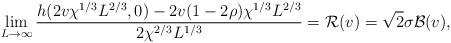
LaTeX: \begin{align*}\lim_{L\to\infty} \frac{h(2v\chi^{1/3}L^{2/3},0)-2v (1-2\rho)\chi^{1/3} L^{2/3}}{2\chi^{2/3}L^{1/3}}={\cal R}(v)=\sqrt{2}\sigma{\cal B}(v),\end{align*}